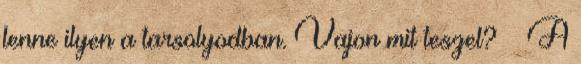
lenne ilyen a tarsolyodban. Vajon mit teszel? A